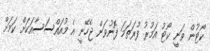
ކޯޓުން ވަނީ ކޯޓު އަމުރު ފުރަތަމަ ފޮނުވަން ޖެހޭނީ އެ މުއައްސަސާއަކަށް ކަމަށް